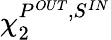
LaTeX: \chi_{2}^{P^{OUT},S^{IN}}